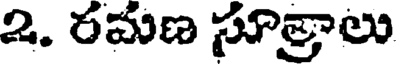
2. రమణ సూత్రాలు